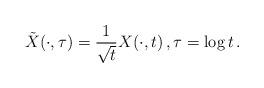
LaTeX: \begin{align*}\tilde{X}(\cdot, \tau) = \frac{1}{\sqrt{t}} X(\cdot, t)\,, \tau = \log t\,.\end{align*}